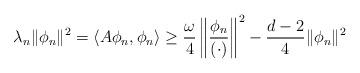
LaTeX: \begin{align*} \lambda_{n}\lVert\phi_{n}\rVert^{2}=\langle A\phi_{n},\phi_{n}\rangle \ge \frac{\omega}{4}\left\lVert\frac{\phi_{n}}{(\cdot)}\right\rVert^{2}-\frac{d-2}{4}\lVert\phi_{n}\rVert^{2} \end{align*}